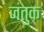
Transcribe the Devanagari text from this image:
जंतुक